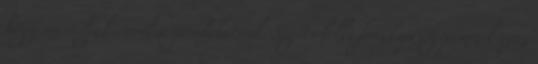
hogy maradjak ennél a gondolatnál. Segíts lelki fényképezőgépemmel száz